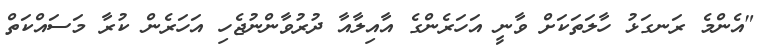
"އެންމެ ރަނގަޅު ހާލަތަކަށް ވާނީ އަހަރެންގެ އާއިލާއާ ދުރުވާންނުޖެހި އަހަރެން ކުރާ މަސައްކަތް